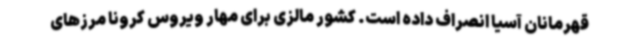
قهرمانان آسیا انصراف داده است. کشور مالزی برای مهار ویروس کرونا مرزهای